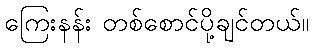
ကြေးနန်း တစ်စောင်ပို့ချင်တယ်။